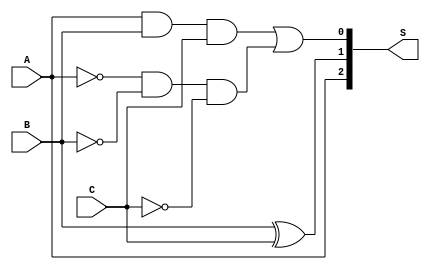
// This program was cloned from: https://github.com/thousrm/universal_NPU-CNN_accelerator
// License: MIT License


module MBE_enc(A, B, C, S);

input A, B, C;
output [2:0] S; 
//S[2] = sign, 0 = +, 1 = -
//S[1] = mult, 0 = 2 or 0, 1 = 1
//S[0] = zero, 0 = not 0, 1 = 0

assign S[2] = A;

assign S[1] = B ^ C;

assign S[0] = (A & B & C) | ((~A) & (~B) & (~C));

endmodule